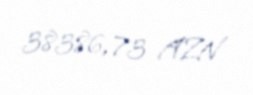
38386,73 AZN